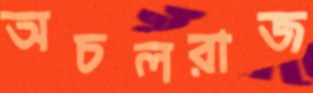
অচলরাজ